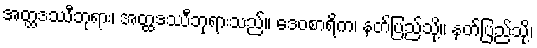
အတ္ထဒဿီဘုရား၊ အတ္ထဒဿီဘုရားသည်။ ဒေဝစာရိက၊ နတ်ပြည်သို့။ နတ်ပြည်သို့၊